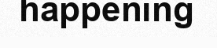
happening